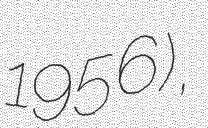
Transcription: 1956),